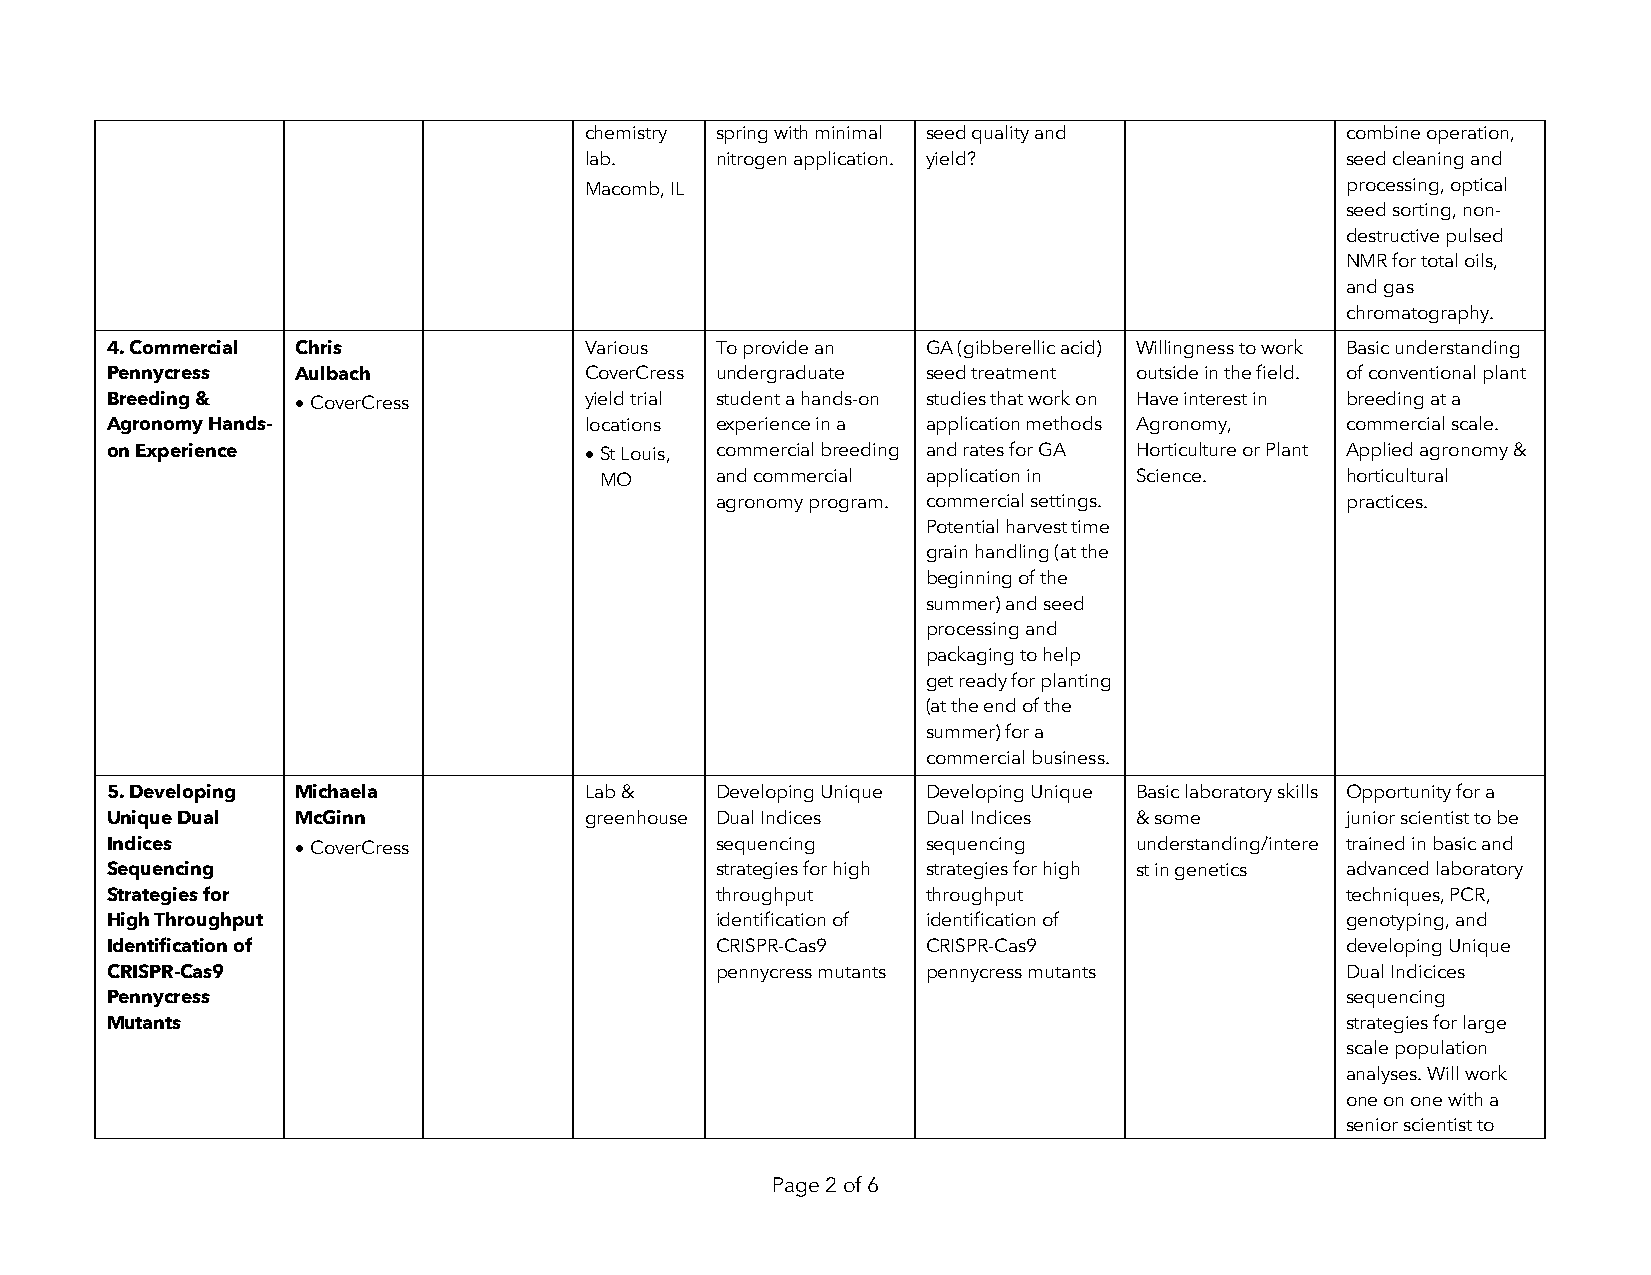
chemistry spring with minimal seed quality and    combine operation,
 lab.    nitrogen application. yield?              seed cleaning and
 Macomb, IL                                        processing, optical
 seed sorting, non-
 destructive pulsed
 NMR for total oils,
 and gas
 chromatography.
 4. Commercial Chris             Various To provide an GA (gibberellic acid) Willingness to work Basic understanding
 Pennycress   Aulbach            CoverCress undergraduate seed treatment outside in the field. of conventional plant
 Breeding &   • CoverCress       yield trial student a hands-on studies that work on Have interest in breeding at a
 Agronomy Hands-                 locations experience in a application methods Agronomy, commercial scale.
 on Experience                   • St Louis, commercial breeding and rates for GA Horticulture or Plant Applied agronomy &
 MO     and commercial application in Science.    horticultural
 agronomy program. commercial settings.    practices.
 Potential harvest time
 grain handling (at the
 beginning of the
 summer) and seed
 processing and
 packaging to help
 get ready for planting
 (at the end of the
 summer) for a
 commercial business.
 5. Developing Michaela          Lab &   Developing Unique Developing Unique Basic laboratory skills Opportunity for a
 Unique Dual  McGinn             greenhouse Dual Indices Dual Indices & some       junior scientist to be
 Indices      • CoverCress               sequencing    sequencing    understanding/intere trained in basic and
 Sequencing                              strategies for high strategies for high st in genetics advanced laboratory
 Strategies for                          throughput    throughput                  techniques, PCR,
 High Throughput                         identification of identification of       genotyping, and
 Identification of                       CRISPR-Cas9   CRISPR-Cas9                 developing Unique
 CRISPR-Cas9                             pennycress mutants pennycress mutants     Dual Indicices
 Pennycress                                                                        sequencing
 Mutants                                                                           strategies for large
 scale population
 analyses. Will work
 one on one with a
 senior scientist to
 Page 2 of 6